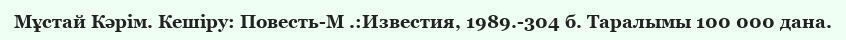
Мұстай Кәрім. Кешіру: Повесть-М .:Известия, 1989.-304 б. Таралымы 100 000 дана.